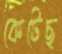
কেটেছ